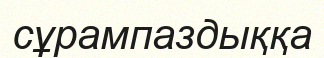
сұрампаздыққа